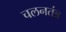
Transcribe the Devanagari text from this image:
चलनतंत्र